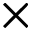
\times